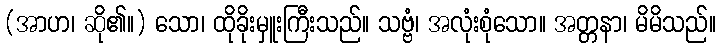
(အာဟ၊ ဆို၏။) သော၊ ထိုခိုးမှူးကြီးသည်။ သဗ္ဗံ၊ အလုံးစုံသော။ အတ္တနာ၊ မိမိသည်။